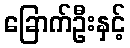
ခြောက်ဦးနှင့်